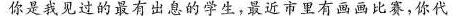
你是我见过的最有出息的学生，最近市里有画画出赛，你代